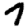
Digit: 7